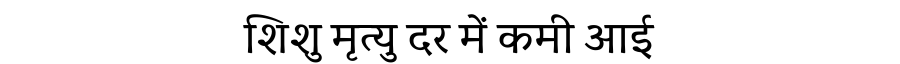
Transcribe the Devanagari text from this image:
शिशु मृत्यु दर में कमी आई